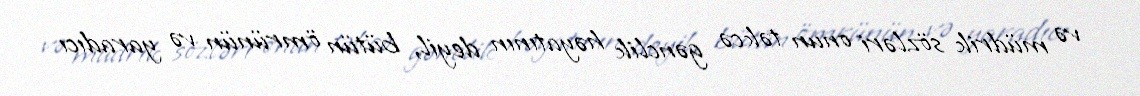
və müdrik sözləri onun təkcə gənclik həyatının deyil, bütün ömrünün və yaradıcı